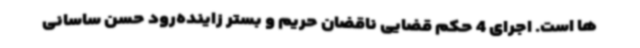
ها است. اجرای 4 حکم قضایی ناقضان حریم و بستر زاینده‌رود حسن ساسانی